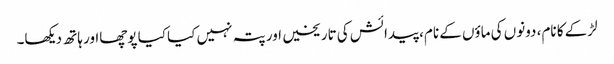
لڑکے کا نام، دونوں کی ماؤں کے نام، پیدائش کی تاریخیں اور پتہ نہیں کیا کیا پوچھااور ہاتھ دیکھا۔